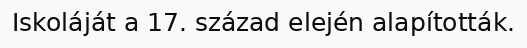
Iskoláját a 17. század elején alapították.